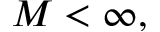
M < \infty ,